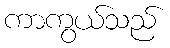
ကာကွယ်သည်